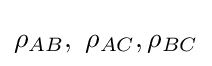
\rho _{AB},\ \rho _{AC},\rho _{BC}